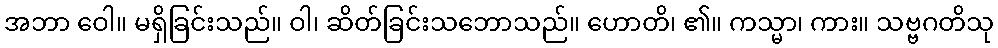
အဘာ ဝေါ။ မရှိခြင်းသည်။ ဝါ၊ ဆိတ်ခြင်းသဘောသည်။ ဟောတိ၊ ၏။ ကသ္မာ၊ ကား။ သဗ္ဗဂတိသု